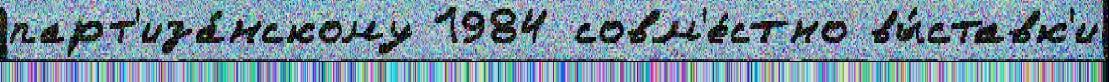
парт'иза́нскому 1984 совм'е́стно вы́ставк'и